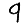
Digit: 9